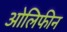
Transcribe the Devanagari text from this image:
ओलिफीन